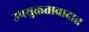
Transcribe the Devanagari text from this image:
उपयुक्ततावादात